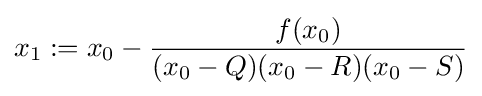
x_{1}:=x_{0}-{\frac {f(x_{0})}{(x_{0}-Q)(x_{0}-R)(x_{0}-S)}}